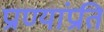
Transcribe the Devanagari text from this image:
प्राण्यांप्रति